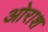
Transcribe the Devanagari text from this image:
ओराश